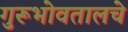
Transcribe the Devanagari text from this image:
गुरूभोवतालचे